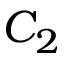
C _ { 2 }